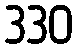
330